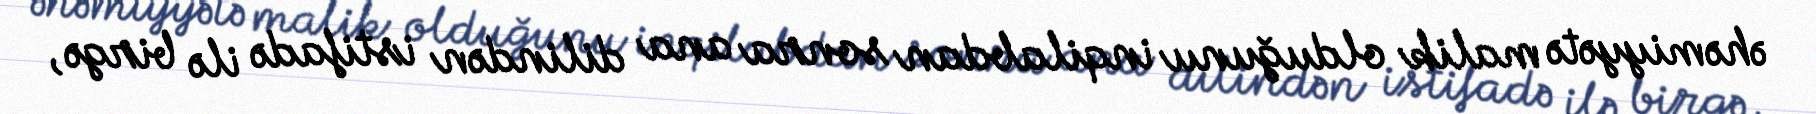
əhəmiyyətə malik olduğunu inqilabdan sonra ana dilindən istifadə ilə birgə,